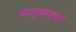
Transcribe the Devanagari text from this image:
बालुकाकणों